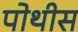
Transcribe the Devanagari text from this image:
पोथीस